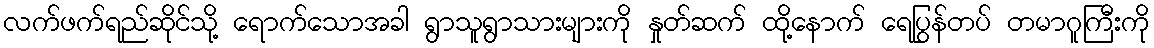
လက်ဖက်ရည်ဆိုင်သို့ ရောက်သောအခါ ရွာသူရွာသားများကို နှုတ်ဆက် ထို့နောက် ရေပြွန်တပ် တမာဂူကြီးကို